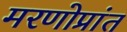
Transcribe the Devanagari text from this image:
मरणोप्रांत